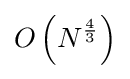
O\left(N^{\frac {4}{3}}\right)